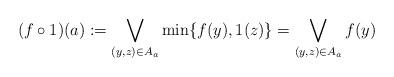
LaTeX: \begin{align*}(f \circ 1)(a): = \bigvee\limits_{(y,z) \in {A_a}} {\min \{ f(y),1(z)\} }= \bigvee\limits_{(y,z) \in {A_a}}f(y) \end{align*}